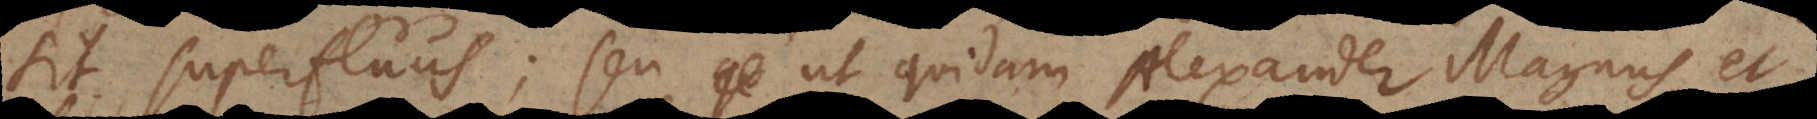
sit superfluus; seu ut quidam Alexander Magnus, et